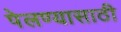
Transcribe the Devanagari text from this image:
पेलण्‍यासाठी